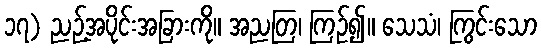
၁၇) ညဉ့်အပိုင်းအခြားကို။ အညတြ၊ ကြဉ်၍။ သေသံ၊ ကြွင်းသော